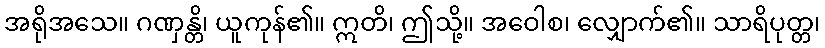
အရိုအသေ။ ဂဏှန္တိ၊ ယူကုန်၏။ ဣတိ၊ ဤသို့။ အဝေါစ၊ လျှောက်၏။ သာရိပုတ္တ၊